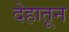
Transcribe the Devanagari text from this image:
देहातून